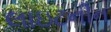
લાઇટનીન